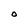
Character: O